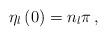
LaTeX: \begin{align*}\eta_l\left(0\right)=n_l\pi\,,\end{align*}